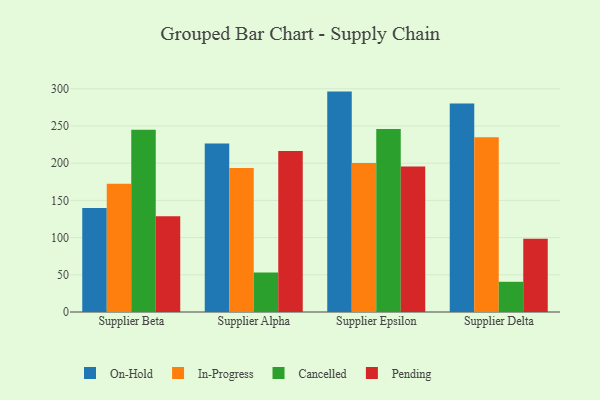
{"axis": {"x": "Supplier", "y": "Inventory Turnover"}, "legend": ["Cancelled", "In-Progress", "On-Hold", "Pending"], "data": [{"x": "Supplier Beta", "y": 139.7, "type": "On-Hold"}, {"x": "Supplier Beta", "y": 172.2, "type": "In-Progress"}, {"x": "Supplier Beta", "y": 244.8, "type": "Cancelled"}, {"x": "Supplier Beta", "y": 128.6, "type": "Pending"}, {"x": "Supplier Alpha", "y": 226.5, "type": "On-Hold"}, {"x": "Supplier Alpha", "y": 193.6, "type": "In-Progress"}, {"x": "Supplier Alpha", "y": 53.2, "type": "Cancelled"}, {"x": "Supplier Alpha", "y": 216.5, "type": "Pending"}, {"x": "Supplier Epsilon", "y": 296.2, "type": "On-Hold"}, {"x": "Supplier Epsilon", "y": 200.1, "type": "In-Progress"}, {"x": "Supplier Epsilon", "y": 245.8, "type": "Cancelled"}, {"x": "Supplier Epsilon", "y": 195.6, "type": "Pending"}, {"x": "Supplier Delta", "y": 280.1, "type": "On-Hold"}, {"x": "Supplier Delta", "y": 235.0, "type": "In-Progress"}, {"x": "Supplier Delta", "y": 40.6, "type": "Cancelled"}, {"x": "Supplier Delta", "y": 98.3, "type": "Pending"}]}